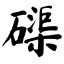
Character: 磲